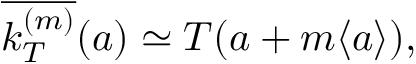
\overline { { k _ { T } ^ { ( m ) } } } ( a ) \simeq T ( a + m \langle a \rangle ) ,